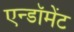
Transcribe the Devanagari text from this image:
एन्‍डॉमेंट